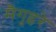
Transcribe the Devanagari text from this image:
मैगुइरे